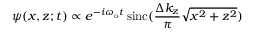
\psi ( x , z ; t ) \propto e ^ { - i \omega _ { \mathrm { o } } t } \, \mathrm { s i n c } ( \frac { \Delta k _ { z } } { \pi } \sqrt { x ^ { 2 } + z ^ { 2 } } )